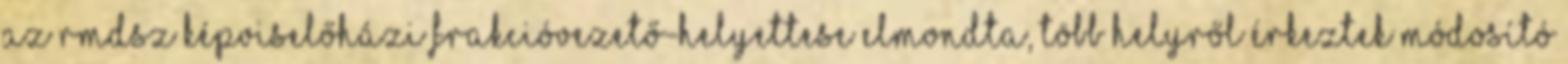
az RMDSZ képviselőházi frakcióvezető-helyettese elmondta, több helyről érkeztek módosító